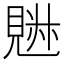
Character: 𧡉